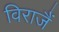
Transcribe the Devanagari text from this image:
विराजैं